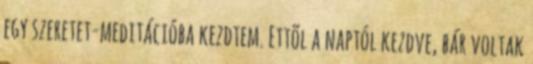
egy szeretet-meditációba kezdtem. Ettõl a naptól kezdve, bár voltak